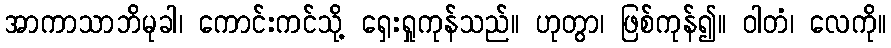
အာကာသာဘိမုခါ၊ ကောင်းကင်သို့ ရှေးရှုကုန်သည်။ ဟုတွာ၊ ဖြစ်ကုန်၍။ ဝါတံ၊ လေကို။